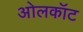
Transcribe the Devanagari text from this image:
ओलकॉट